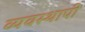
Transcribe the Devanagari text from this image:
व्यवस्थापी